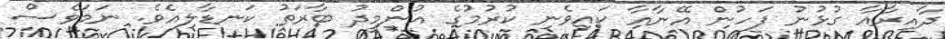
ދާއިރާއާ ގުޅުނު ފަހުން އޭނާއާ ކައިވެނި ކުރުމުގެ އުންމީދު ބާރަތު ކަނޑާލިއެވެ. ނަމަވެސް